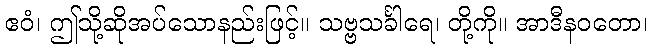
ဧဝံ၊ ဤသို့ဆိုအပ်သောနည်းဖြင့်။ သဗ္ဗသင်္ခါရေ၊ တို့ကို။ အာဒီနဝတော၊